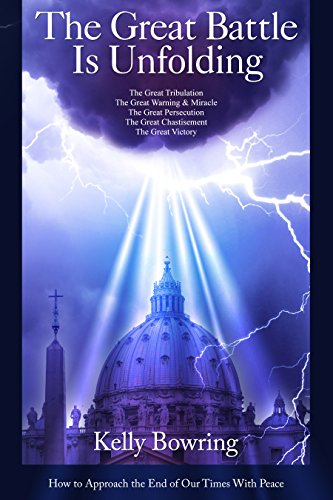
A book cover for The Great Battle Is Unfolding: How to Approach the End of Our Times with Peace; Kelly Bowring; Christian Books & Bibles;